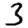
Digit: 3